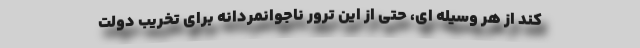
کند از هر وسیله ای، حتی از این ترور ناجوانمردانه برای تخریب دولت